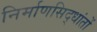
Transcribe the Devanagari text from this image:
निर्माणसिद्धांतों